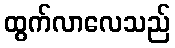
ထွက်လာလေသည်